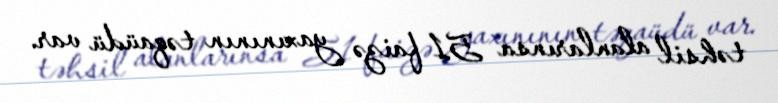
təhsil alanlarınsa 51 faizə yaxınının təqaüdü var.